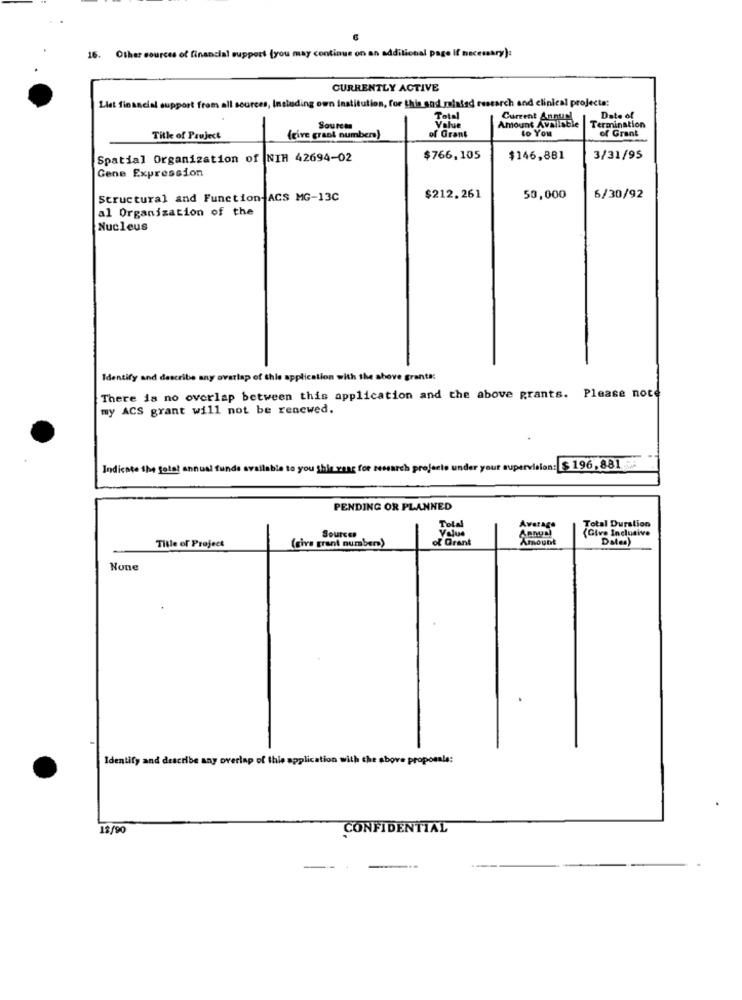
16. Other sources of financial support (you may continue on an additional page If necessary):
CURRENTLY ACTIVE
List financial support from all sources, Including own institution, for this sad minlad research and clinical projecte:
Total
Current Annuel
Termination
Date of
Sources
of Grant
Value
Amount Available
to You
of Grant
Title of Project
(give grant number)
Spatial Organization of NIH 42694-02
$766,105
$146,881
3/31/95
Gene Expression
Structural and Function-ACS MG-13C
$212.261
50,000
6/30/92
al Organization of the
Nucleus
Identify and describe any overlap of this application with the above grants:
There is no overlap between this application and the above grants. Please note
my ACS grant will not be renewed.
Indicate the total annual funds available to you this veng for research projects under your supervision: $ 196, 881
PENDING OR PLANNED
Value
Total
(Give Inclusive
Total Duration
Sources
of Grant
Amount
DM=)
Title of Project
(give grant number)
Identify and describe any overlap of this application with the above
oposale:
18/90
CONFIDENTIAL